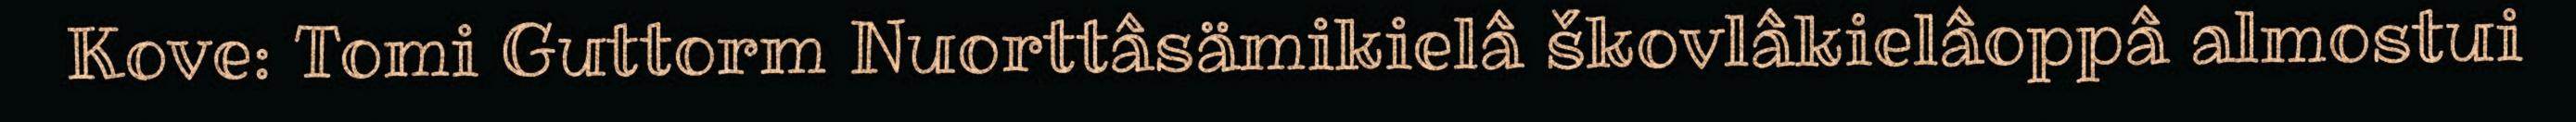
Kove: Tomi Guttorm Nuorttâsämikielâ škovlâkielâoppâ almostui